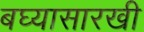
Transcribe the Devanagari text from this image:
बघ्‍यासारखी